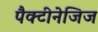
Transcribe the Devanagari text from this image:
पैक्टीनेजिज